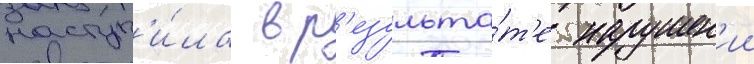
наступ'и́ла в р'езульта́т'е нарушен'ии